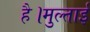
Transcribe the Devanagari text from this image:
है।मुल्ताई